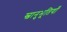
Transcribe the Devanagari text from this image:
स्वानुभूतियाँ